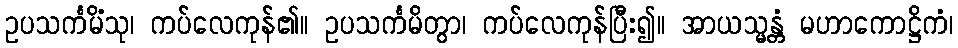
ဥပသင်္ကမိံသု၊ ကပ်လေကုန်၏။ ဥပသင်္ကမိတွာ၊ ကပ်လေကုန်ပြီး၍။ အာယသ္မန္တံ မဟာကောဋ္ဌိကံ၊